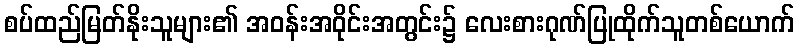
စပ်ထည်မြတ်နိုးသူများ၏ အဝန်းအဝိုင်းအတွင်း၌ လေးစားဂုဏ်ပြုထိုက်သူတစ်ယောက်